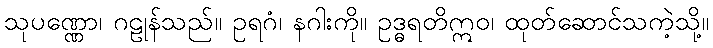
သုပဏ္ဏော၊ ဂဠုန်သည်။ ဥရဂံ၊ နဂါးကို။ ဥဒ္ဓရတိဣဝ၊ ထုတ်ဆောင်သကဲ့သို့။